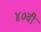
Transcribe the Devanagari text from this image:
४०वी